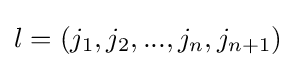
l=(j_{1},j_{2},...,j_{n},j_{n+1})